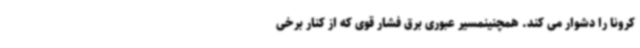
کرونا را دشوار می کند. همچنینمسیر عبوری برق فشار قوی که از کنار برخی